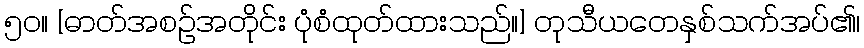
၅၀။ [ဓာတ်အစဉ်အတိုင်း ပုံစံထုတ်ထားသည်။] တုသီယတေနှစ်သက်အပ်၏၊